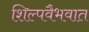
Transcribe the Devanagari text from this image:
शिल्पवैभवात